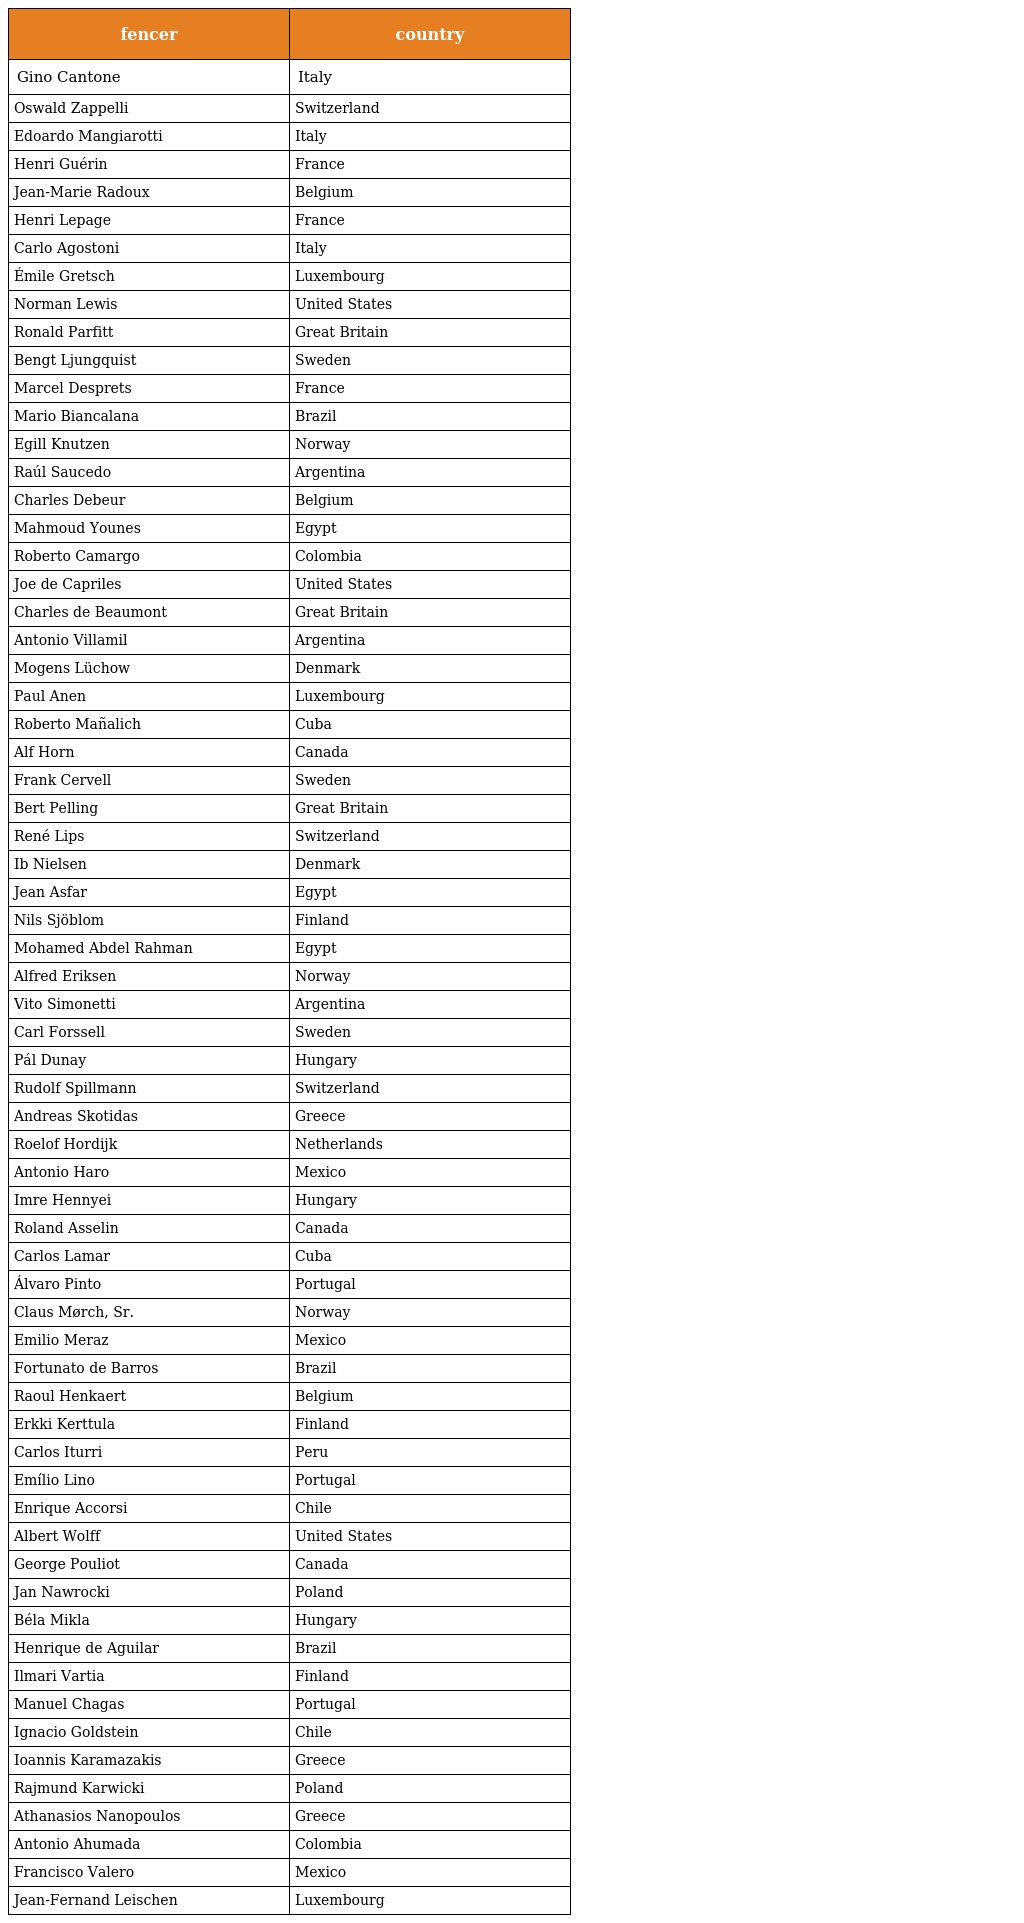
| fencer | country |
 | --- | --- |
 | Gino Cantone | Italy |
 | Oswald Zappelli | Switzerland |
 | Edoardo Mangiarotti | Italy |
 | Henri Guérin | France |
 | Jean-Marie Radoux | Belgium |
 | Henri Lepage | France |
 | Carlo Agostoni | Italy |
 | Émile Gretsch | Luxembourg |
 | Norman Lewis | United States |
 | Ronald Parfitt | Great Britain |
 | Bengt Ljungquist | Sweden |
 | Marcel Desprets | France |
 | Mario Biancalana | Brazil |
 | Egill Knutzen | Norway |
 | Raúl Saucedo | Argentina |
 | Charles Debeur | Belgium |
 | Mahmoud Younes | Egypt |
 | Roberto Camargo | Colombia |
 | Joe de Capriles | United States |
 | Charles de Beaumont | Great Britain |
 | Antonio Villamil | Argentina |
 | Mogens Lüchow | Denmark |
 | Paul Anen | Luxembourg |
 | Roberto Mañalich | Cuba |
 | Alf Horn | Canada |
 | Frank Cervell | Sweden |
 | Bert Pelling | Great Britain |
 | René Lips | Switzerland |
 | Ib Nielsen | Denmark |
 | Jean Asfar | Egypt |
 | Nils Sjöblom | Finland |
 | Mohamed Abdel Rahman | Egypt |
 | Alfred Eriksen | Norway |
 | Vito Simonetti | Argentina |
 | Carl Forssell | Sweden |
 | Pál Dunay | Hungary |
 | Rudolf Spillmann | Switzerland |
 | Andreas Skotidas | Greece |
 | Roelof Hordijk | Netherlands |
 | Antonio Haro | Mexico |
 | Imre Hennyei | Hungary |
 | Roland Asselin | Canada |
 | Carlos Lamar | Cuba |
 | Álvaro Pinto | Portugal |
 | Claus Mørch, Sr. | Norway |
 | Emilio Meraz | Mexico |
 | Fortunato de Barros | Brazil |
 | Raoul Henkaert | Belgium |
 | Erkki Kerttula | Finland |
 | Carlos Iturri | Peru |
 | Emílio Lino | Portugal |
 | Enrique Accorsi | Chile |
 | Albert Wolff | United States |
 | George Pouliot | Canada |
 | Jan Nawrocki | Poland |
 | Béla Mikla | Hungary |
 | Henrique de Aguilar | Brazil |
 | Ilmari Vartia | Finland |
 | Manuel Chagas | Portugal |
 | Ignacio Goldstein | Chile |
 | Ioannis Karamazakis | Greece |
 | Rajmund Karwicki | Poland |
 | Athanasios Nanopoulos | Greece |
 | Antonio Ahumada | Colombia |
 | Francisco Valero | Mexico |
 | Jean-Fernand Leischen | Luxembourg |